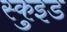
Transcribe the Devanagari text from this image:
स्कुइड